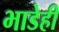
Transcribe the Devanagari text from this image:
भाडेही